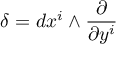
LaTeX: \delta = d x ^ { i } \wedge \frac { \partial } { \partial y ^ { i } }